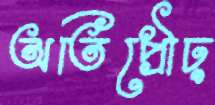
অতিপ্রৌঢ়